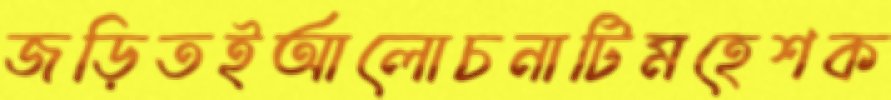
জড়িতইআলোচনাটিমহেশক